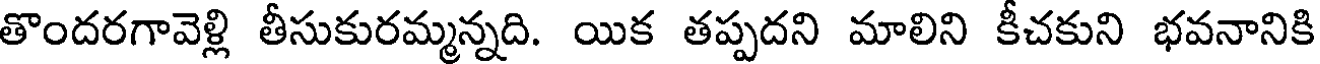
తొందరగావెళ్లి తీసుకురమ్మన్నది. యిక తప్పదని మాలిని కీచకుని భవనానికి